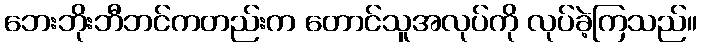
ဘေးဘိုးဘီဘင်ကတည်းက တောင်သူအလုပ်ကို လုပ်ခဲ့ကြသည်။